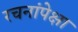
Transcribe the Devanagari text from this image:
रचनांपेक्षा